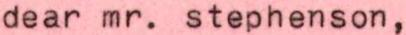
dear mr. stephenson,